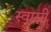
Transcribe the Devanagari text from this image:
स्वास्नी